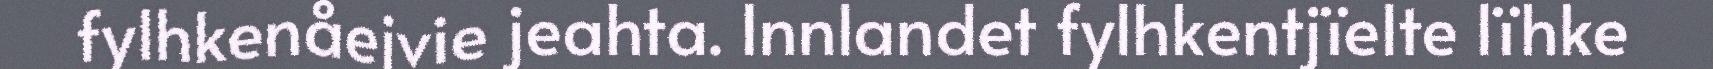
fylhkenåejvie jeahta. Innlandet fylhkentjïelte lïhke